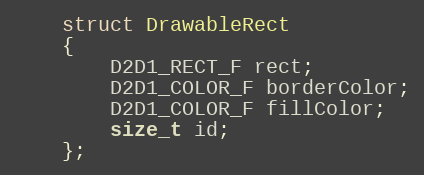
Language: C
    struct DrawableRect
    {
        D2D1_RECT_F rect;
        D2D1_COLOR_F borderColor;
        D2D1_COLOR_F fillColor;
        size_t id;
    };